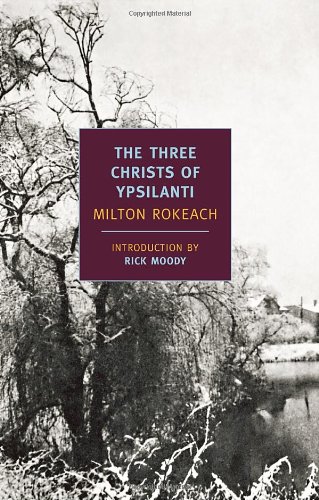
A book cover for The Three Christs of Ypsilanti (New York Review Books Classics); Milton Rokeach; Health, Fitness & Dieting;